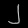
Digit: ၂